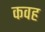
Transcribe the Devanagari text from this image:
कवह